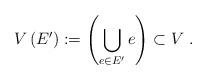
LaTeX: \begin{align*}V\left( E^{\prime}\right) :=\left( \bigcup_{e\in E^{\prime}}e\right)\subset V\ .\end{align*}